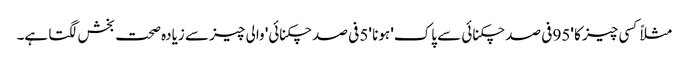
مثلاً کسی چیز کا '95 فی صد چکنائی سے پاک' ہونا '5 فی صد چکنائی' والی چیز سے زیادہ صحت بخش لگتا ہے۔